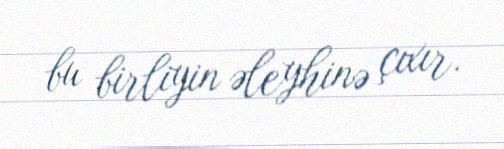
bu birliyin əleyhinə çıxır.